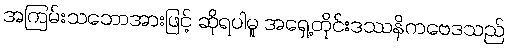
အကြမ်းသဘောအားဖြင့် ဆိုရပါမူ အရှေ့တိုင်းဒဿနိကဗေဒသည်